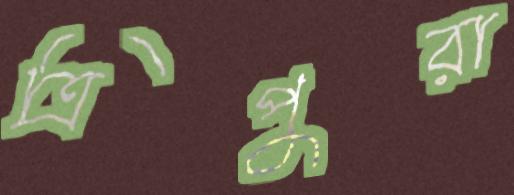
ত্রিপুরা